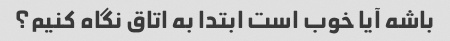
باشه آیا خوب است ابتدا به اتاق نگاه کنیم؟